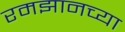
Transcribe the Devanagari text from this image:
रमझानच्या